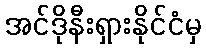
အင်ဒိုနီးရှားနိုင်ငံမှ